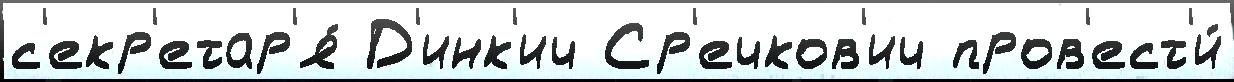
с'екр'етар'я́ Д'инк'ич Ср'ечков'ич пров'ест'и́